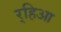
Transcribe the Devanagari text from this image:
र्‍हिआ